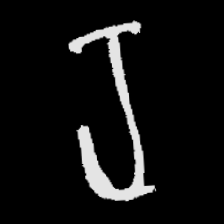
Pyu character \u2014 Myanmar letter: ရ (romanized: ra)